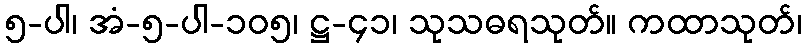
၅-ပါ၊ အံ-၅-ပါ-၁၀၅၊ ဋ္ဌ-၄၁၊ သုသဓရသုတ်။ ကထာသုတ်၊